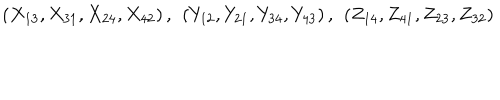
\left( X _ { 1 3 } , X _ { 3 1 } , X _ { 2 4 } , X _ { 4 2 } \right) , ~ \left( Y _ { 1 2 } , Y _ { 2 1 } , Y _ { 3 4 } , Y _ { 4 3 } \right) , ~ \left( Z _ { 1 4 } , Z _ { 4 1 } , Z _ { 2 3 } , Z _ { 3 2 } \right)